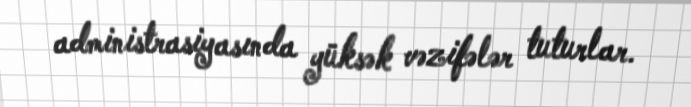
administrasiyasında yüksək vəzifələr tuturlar.